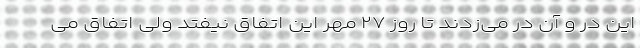
این در و آن در می‌زدند تا روز ۲۷ مهر این اتفاق نیفتد ولی اتفاق می